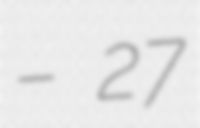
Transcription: – 27